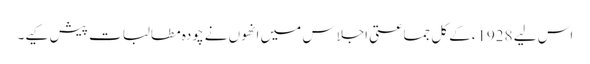
اس لیے 1928ءکے کل جماعتی اجلاس میں انھوں نے چودہ مطالبات پیش کیے۔